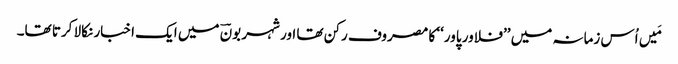
مَیں اُس زمانہ میں ’’فلاور پاور‘‘ کا مصروف رکن تھا اور شہر بونؔ میں ایک اخبار نکالا کرتا تھا۔